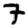
Digit: 7